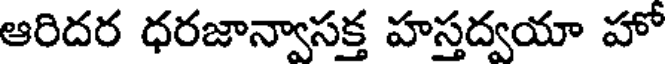
ఆరిదర ధరజాన్వాసక్త హస్తద్వయా హో